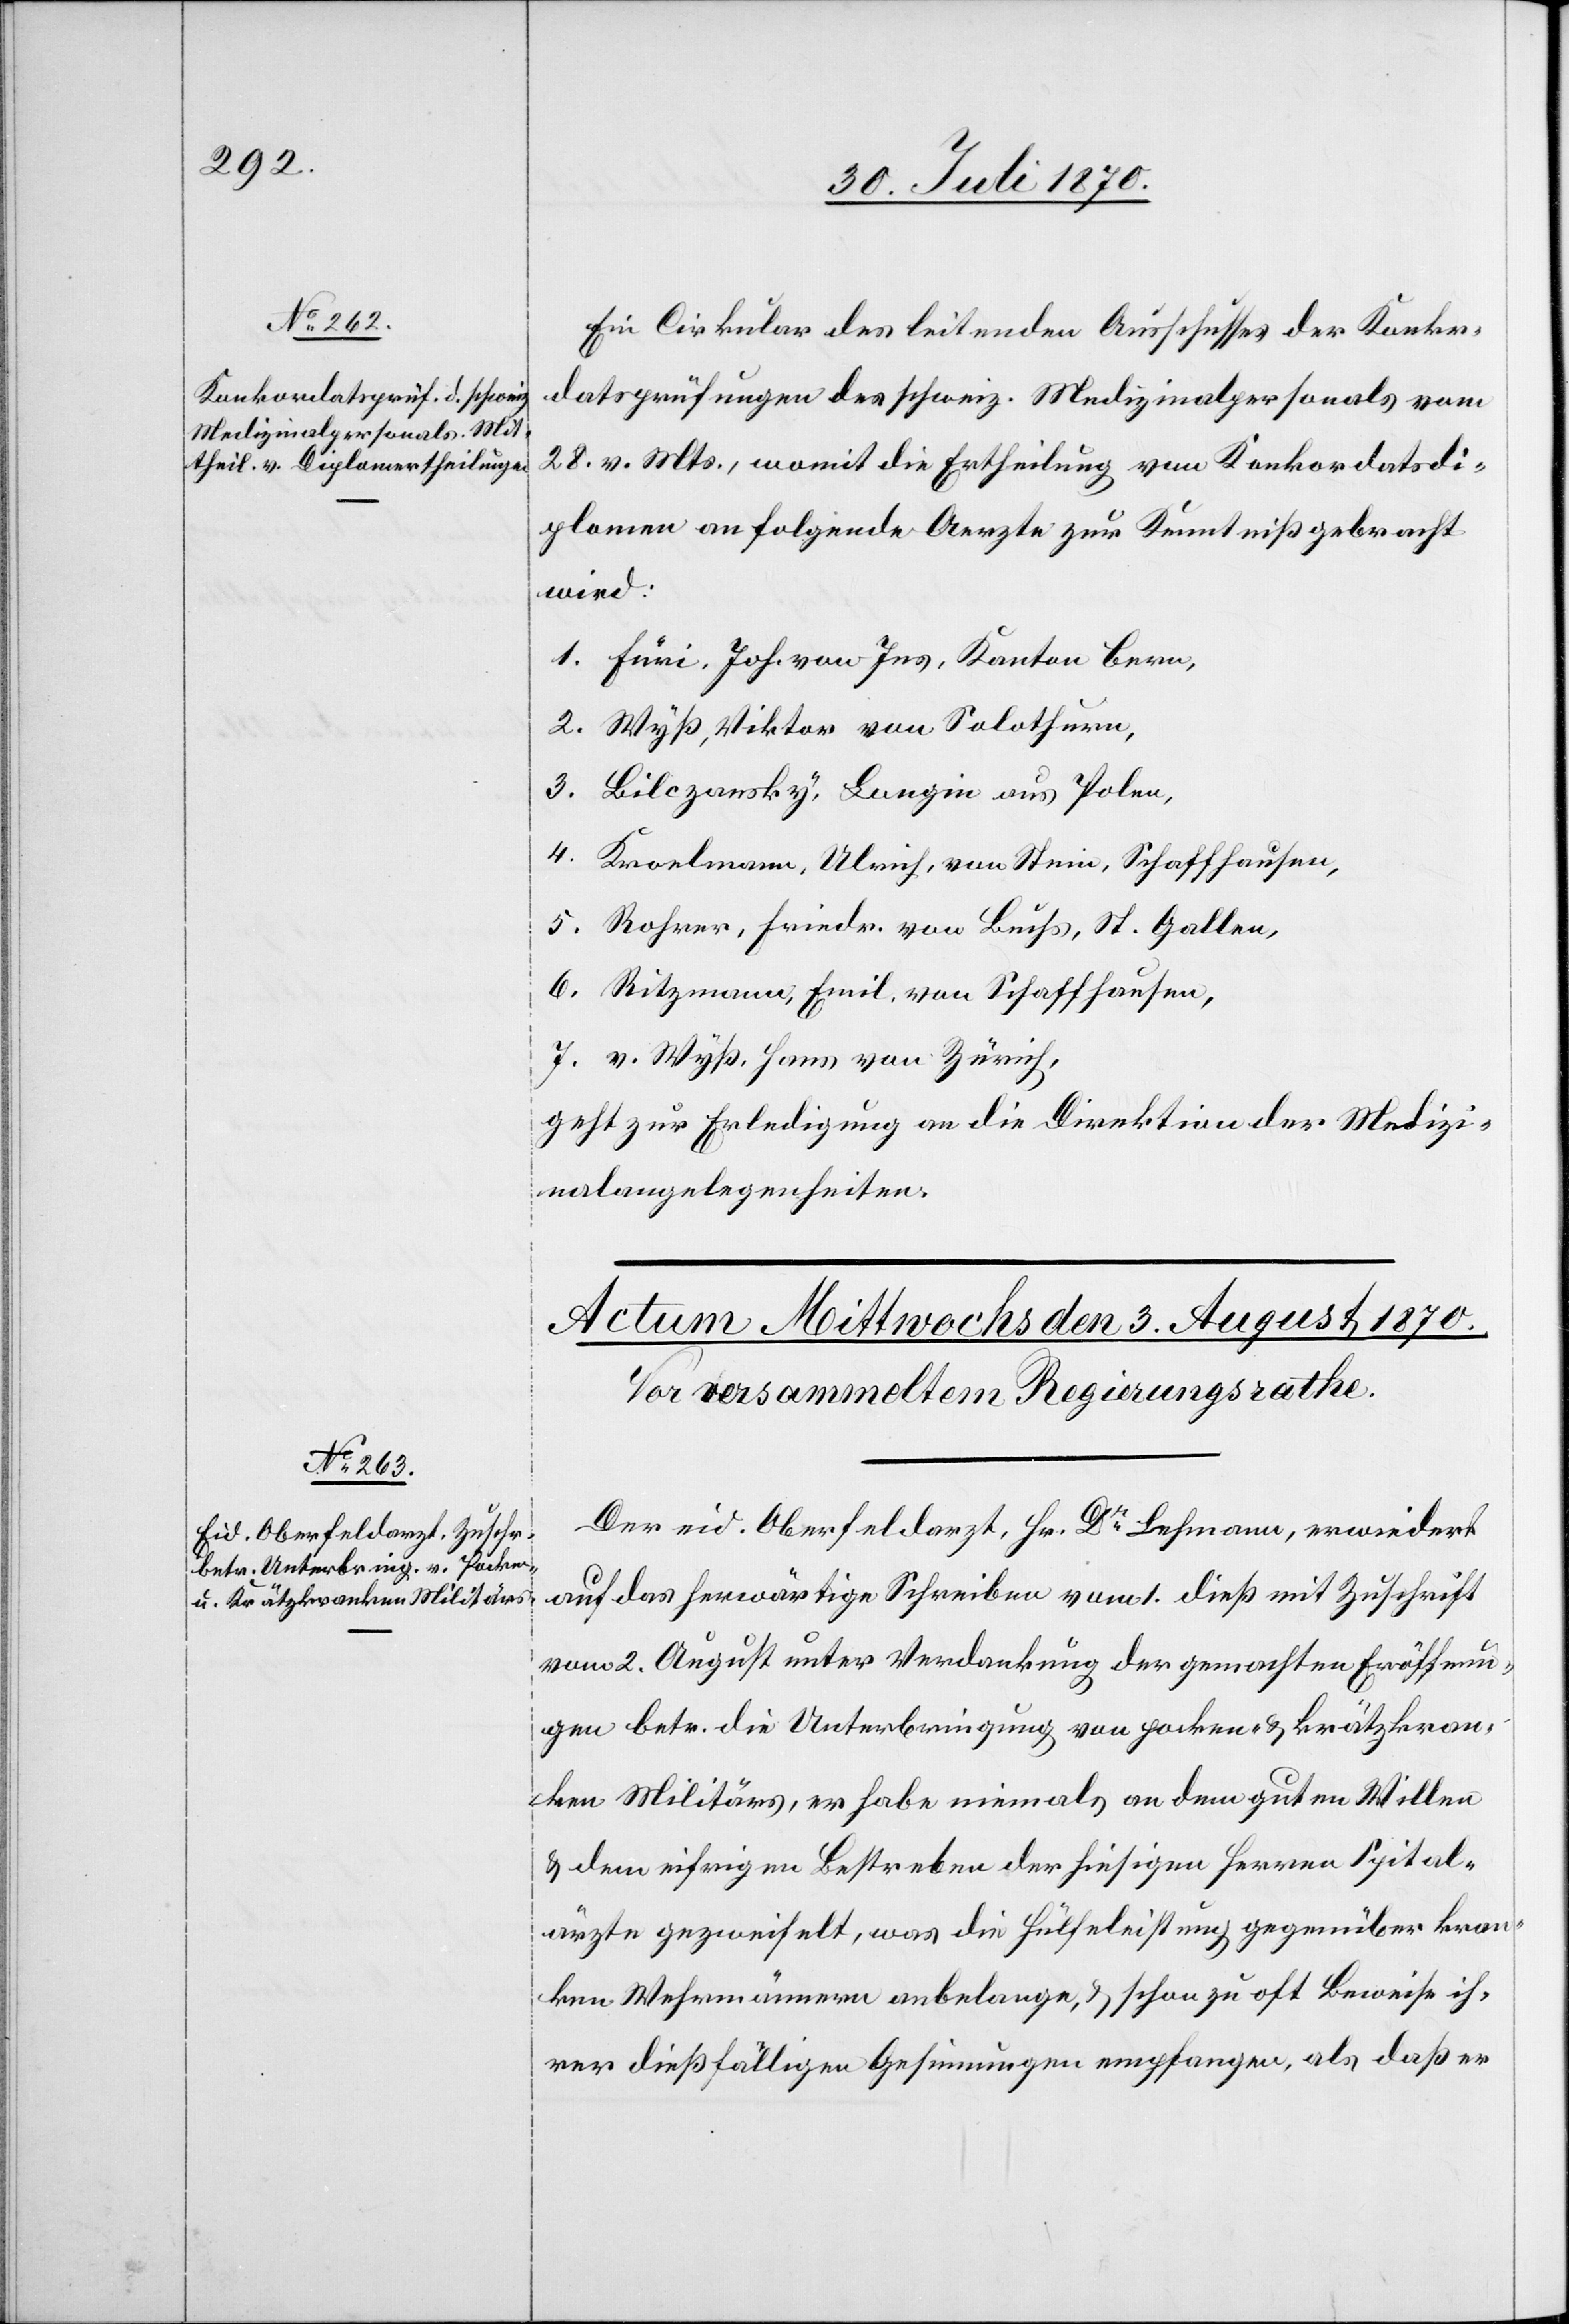
Ein Cirkular des leitenden Ausschusses der Konkor¬
datsprüfungen des schweiz. Medizinalpersonals vom
28. v. Mts., womit die Ertheilung von Konkordatsdi¬
plomen an folgende Aerzte zur Kenntniß gebracht
wird:
1. Füri, Joh. von Ins, Kanton Bern,
2. Wyß, Viktor von Solothurn,
3. Bilczansky, Longin aus Polen,
4. Kroelmann, Ulrich, von Stein, Schaffhausen,
5. Rohrer, Friedr. von Buchs, St. Gallen,
6. Ritzmann, Emil, von Schaffhausen,
7. v. Wyß, Hans von Zürich,
geht zur Erledigung an die Direktion der Medizi¬
nalangelegenheiten.
Der eid. Oberfeldarzt, Hr. Dr Lehmann, erwiedert
2.
auf das herwärtige Schreiben vom 1. dieß mit Zuschrift
vom 2. August unter Verdankung der gemachten Eröffnun¬
gen betr. die Unterbringung von pocken- & krätzkran¬
ken Militärs, er habe niemals an dem guten Willen
& dem eifrigen Bestreben der hiesigen Herren Spital¬
ärzte gezweifelt, was die Hülfeleistung gegenüber kran¬
ken Wehrmännern anbelange, & schon zu oft Beweise ih¬
rer dießfälligen Gesinnungen empfangen, als daß er